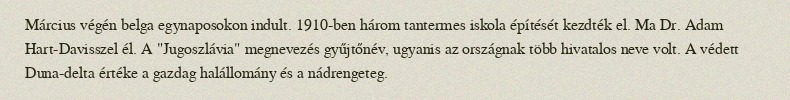
Március végén belga egynaposokon indult. 1910-ben három tantermes iskola építését kezdték el. Ma Dr. Adam Hart-Davisszel él. A "Jugoszlávia" megnevezés gyűjtőnév, ugyanis az országnak több hivatalos neve volt. A védett Duna-delta értéke a gazdag halállomány és a nádrengeteg.